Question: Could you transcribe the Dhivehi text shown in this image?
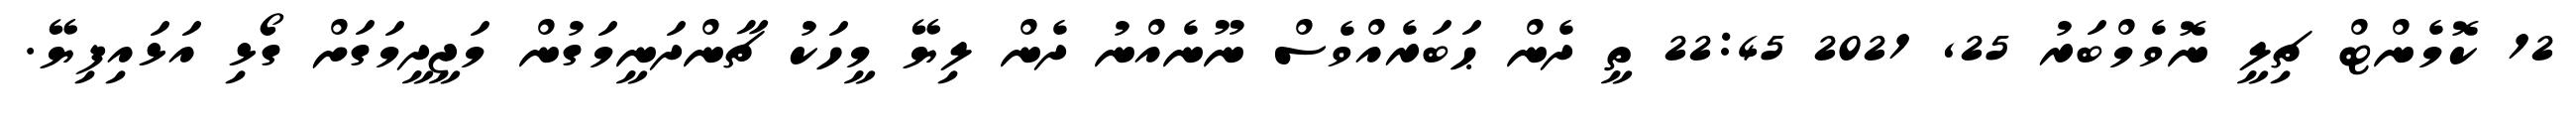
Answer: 12 ކޮމެންޓް ޗިލީ ނޮވެމްބަރު 25, 2021 22:45 ތީ ދެން ޙަބަރެއްވެސް ނޫނެއްނު ދެން ލިޔޭ މީހަކު ޗާންދަނީމަގުން މަޖީދީމަގަށް ގޯޅި އަޅައިފިޔޭ.